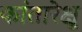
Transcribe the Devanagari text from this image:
कांतारेक्षु